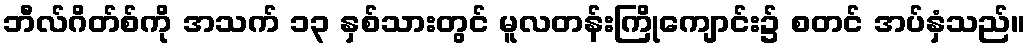
ဘီလ်ဂိတ်စ်ကို အသက် ၁၃ နှစ်သားတွင် မူလတန်းကြိုကျောင်း၌ စတင် အပ်နှံသည်။